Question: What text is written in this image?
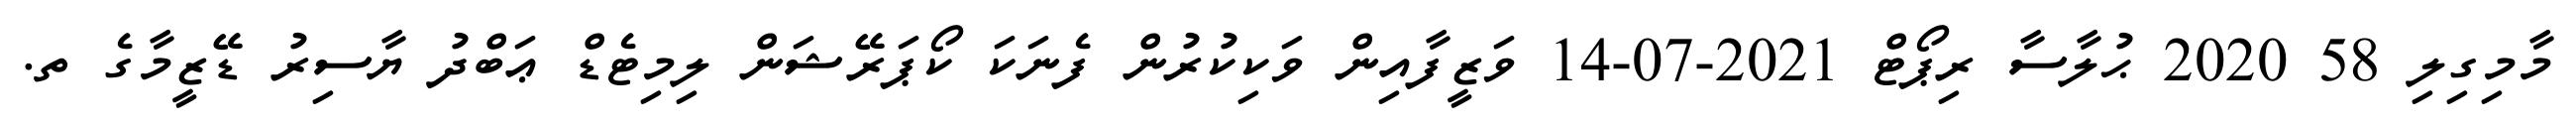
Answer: މާމިގިލި 58 2020 ޙުލާސާ ރިޕޯޓް 2021-07-14 ވަޒީފާއިން ވަކިކުރުން ފެނަކަ ކޯޕަރޭޝަން ލިމިޓެޑް ޢަބްދު ޔާސިރު ޑޭޒީމާގެ ތ.